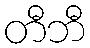
တီဘီ